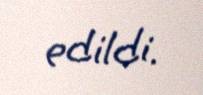
edildi.